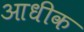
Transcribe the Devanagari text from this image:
आधीक